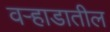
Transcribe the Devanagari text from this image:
वऱ्हाडातील